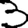
Digit: 3